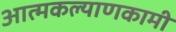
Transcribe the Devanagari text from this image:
आत्मकल्याणकामी